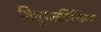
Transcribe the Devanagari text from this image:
शिशुपालसिन्धियया